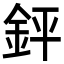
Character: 𨥾